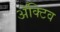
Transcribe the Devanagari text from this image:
ॲक्टिव